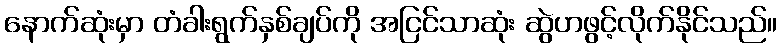
နောက်ဆုံးမှာ တံခါးရွက်နှစ်ချပ်ကို အငြင်သာဆုံး ဆွဲဟဖွင့်လိုက်နိုင်သည်။